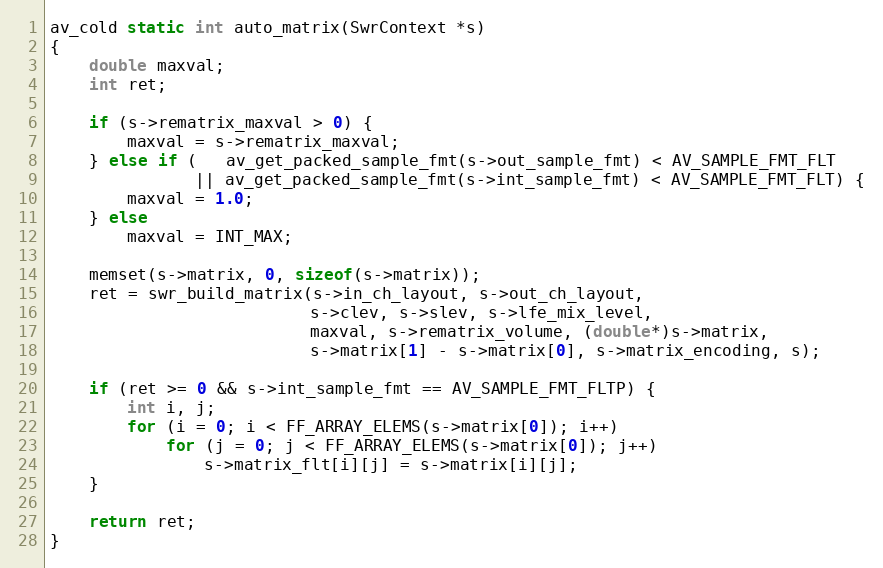
Language: C
av_cold static int auto_matrix(SwrContext *s)
{
    double maxval;
    int ret;

    if (s->rematrix_maxval > 0) {
        maxval = s->rematrix_maxval;
    } else if (   av_get_packed_sample_fmt(s->out_sample_fmt) < AV_SAMPLE_FMT_FLT
               || av_get_packed_sample_fmt(s->int_sample_fmt) < AV_SAMPLE_FMT_FLT) {
        maxval = 1.0;
    } else
        maxval = INT_MAX;

    memset(s->matrix, 0, sizeof(s->matrix));
    ret = swr_build_matrix(s->in_ch_layout, s->out_ch_layout,
                           s->clev, s->slev, s->lfe_mix_level,
                           maxval, s->rematrix_volume, (double*)s->matrix,
                           s->matrix[1] - s->matrix[0], s->matrix_encoding, s);

    if (ret >= 0 && s->int_sample_fmt == AV_SAMPLE_FMT_FLTP) {
        int i, j;
        for (i = 0; i < FF_ARRAY_ELEMS(s->matrix[0]); i++)
            for (j = 0; j < FF_ARRAY_ELEMS(s->matrix[0]); j++)
                s->matrix_flt[i][j] = s->matrix[i][j];
    }

    return ret;
}